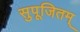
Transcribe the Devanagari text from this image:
सुपूजितम्